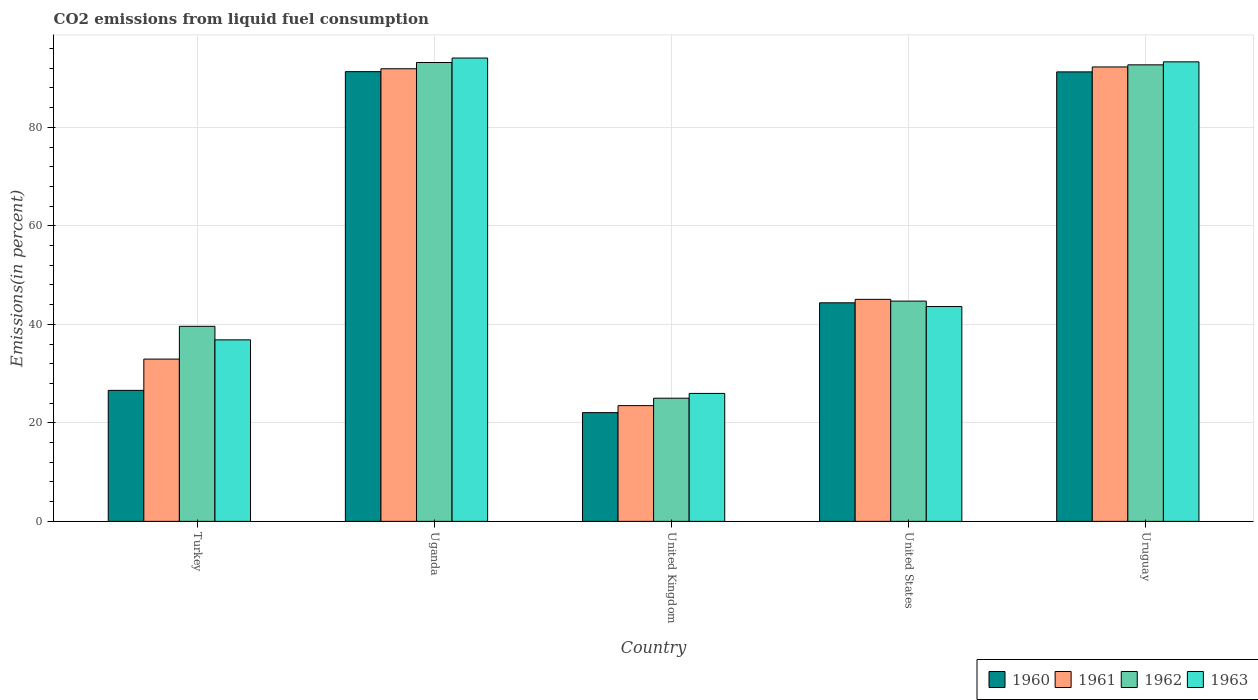
| Country | 1960 | 1961 | 1962 | 1963 |
 | --- | --- | --- | --- | --- |
 | Turkey | 26.6 | 32.9 | 39.6 | 36.8 |
 | Uganda | 91.3 | 91.9 | 93.2 | 94.1 |
 | United Kingdom | 22.1 | 23.5 | 25 | 26 |
 | United States | 44.4 | 45.1 | 44.7 | 43.6 |
 | Uruguay | 91.3 | 92.3 | 92.7 | 93.3 |